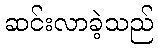
ဆင်းလာခဲ့သည်